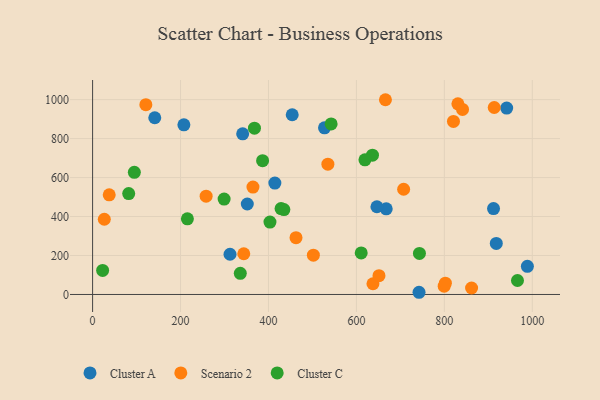
{"axis": {"x": "Experience", "y": "Demand"}, "legend": ["Cluster A", "Cluster C", "Scenario 2"], "data": [{"x": "207.6", "y": 870.8, "type": "Cluster A"}, {"x": "988.8", "y": 144.4, "type": "Cluster A"}, {"x": "941.7", "y": 956.7, "type": "Cluster A"}, {"x": "918.1", "y": 262.2, "type": "Cluster A"}, {"x": "454.0", "y": 922.2, "type": "Cluster A"}, {"x": "351.8", "y": 464.3, "type": "Cluster A"}, {"x": "667.8", "y": 439.4, "type": "Cluster A"}, {"x": "646.6", "y": 450.1, "type": "Cluster A"}, {"x": "341.3", "y": 824.3, "type": "Cluster A"}, {"x": "312.5", "y": 206.4, "type": "Cluster A"}, {"x": "911.8", "y": 440.8, "type": "Cluster A"}, {"x": "414.5", "y": 571.5, "type": "Cluster A"}, {"x": "141.4", "y": 906.8, "type": "Cluster A"}, {"x": "742.4", "y": 11.3, "type": "Cluster A"}, {"x": "527.4", "y": 855.2, "type": "Cluster A"}, {"x": "258.2", "y": 504.3, "type": "Scenario 2"}, {"x": "121.1", "y": 973.8, "type": "Scenario 2"}, {"x": "666.0", "y": 999.4, "type": "Scenario 2"}, {"x": "343.8", "y": 209.0, "type": "Scenario 2"}, {"x": "799.6", "y": 42.6, "type": "Scenario 2"}, {"x": "637.6", "y": 55.0, "type": "Scenario 2"}, {"x": "830.8", "y": 978.4, "type": "Scenario 2"}, {"x": "37.8", "y": 511.4, "type": "Scenario 2"}, {"x": "913.4", "y": 959.4, "type": "Scenario 2"}, {"x": "802.3", "y": 57.9, "type": "Scenario 2"}, {"x": "462.6", "y": 291.5, "type": "Scenario 2"}, {"x": "820.7", "y": 887.9, "type": "Scenario 2"}, {"x": "651.3", "y": 96.3, "type": "Scenario 2"}, {"x": "841.3", "y": 949.8, "type": "Scenario 2"}, {"x": "861.9", "y": 33.2, "type": "Scenario 2"}, {"x": "26.6", "y": 386.1, "type": "Scenario 2"}, {"x": "364.7", "y": 551.0, "type": "Scenario 2"}, {"x": "502.1", "y": 201.9, "type": "Scenario 2"}, {"x": "535.1", "y": 668.8, "type": "Scenario 2"}, {"x": "707.4", "y": 539.9, "type": "Scenario 2"}, {"x": "966.3", "y": 71.8, "type": "Cluster C"}, {"x": "215.6", "y": 388.4, "type": "Cluster C"}, {"x": "542.5", "y": 875.0, "type": "Cluster C"}, {"x": "403.4", "y": 371.6, "type": "Cluster C"}, {"x": "743.3", "y": 210.7, "type": "Cluster C"}, {"x": "299.1", "y": 489.7, "type": "Cluster C"}, {"x": "368.1", "y": 853.3, "type": "Cluster C"}, {"x": "335.9", "y": 108.8, "type": "Cluster C"}, {"x": "428.6", "y": 440.7, "type": "Cluster C"}, {"x": "94.9", "y": 626.7, "type": "Cluster C"}, {"x": "82.1", "y": 518.0, "type": "Cluster C"}, {"x": "386.6", "y": 686.5, "type": "Cluster C"}, {"x": "610.9", "y": 213.3, "type": "Cluster C"}, {"x": "636.5", "y": 714.9, "type": "Cluster C"}, {"x": "619.4", "y": 691.1, "type": "Cluster C"}, {"x": "22.8", "y": 123.4, "type": "Cluster C"}, {"x": "435.0", "y": 435.9, "type": "Cluster C"}]}